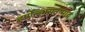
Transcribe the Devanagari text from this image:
हर्षोल्हासउन्माद